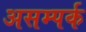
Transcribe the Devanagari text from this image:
असम्पर्क